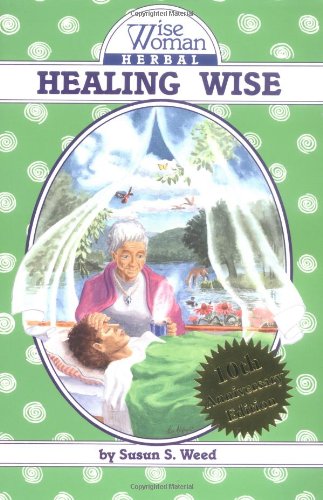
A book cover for Healing Wise (Wise Woman Herbal Series); Susun S. Weed; Health, Fitness & Dieting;